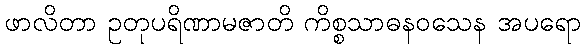
ဖာလိတာ ဥတုပရိဏာမဇာတိ ကိစ္စသာဓနဝသေန အပရော